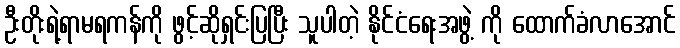
ဦးတိုးရဲ့ရာမရကန်ကို ဖွင့်ဆိုရှင်းပြပြီး သူပါတဲ့ နိုင်ငံရေးအဖွဲ့ ကို ထောက်ခံလာအောင်